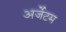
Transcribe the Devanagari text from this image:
अर्जेटम